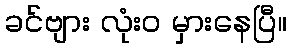
ခင်ဗျား လုံးဝ မှားနေပြီ။